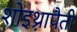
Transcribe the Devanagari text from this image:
शोइथ़्रापैती